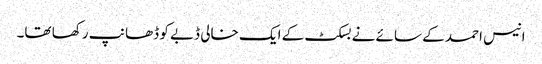
انیس احمد کے سائے نے بسکٹ کے ایک خالی ڈبے کو ڈھانپ رکھا تھا۔